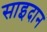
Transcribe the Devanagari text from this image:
साइदान